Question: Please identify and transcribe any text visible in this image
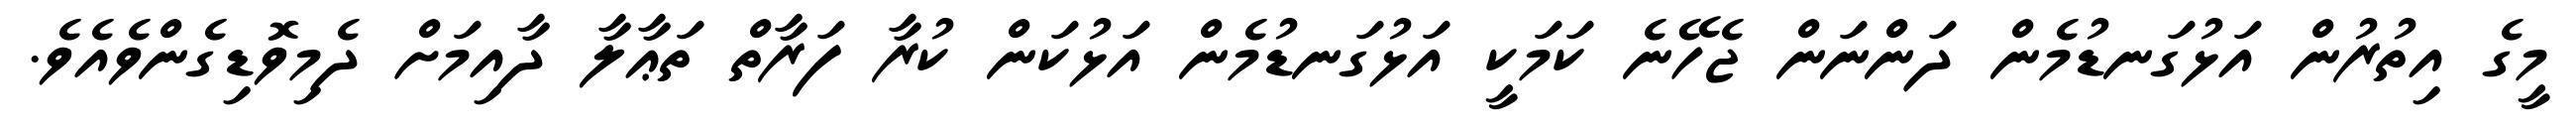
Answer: މީގެ އިތުރުން އަޅުގަނޑުމެން ދަންނަން ޖެހޭނެ ކަމަކީ އަޅުގަނޑުމެން އަޅުކަން ކުރާ ފަރާތް ތަޢާލާ ދާއިމަށް ދެމިވޮޑިގެންވެއެވެ.